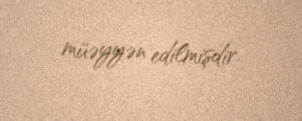
müəyyən edilmişdir.